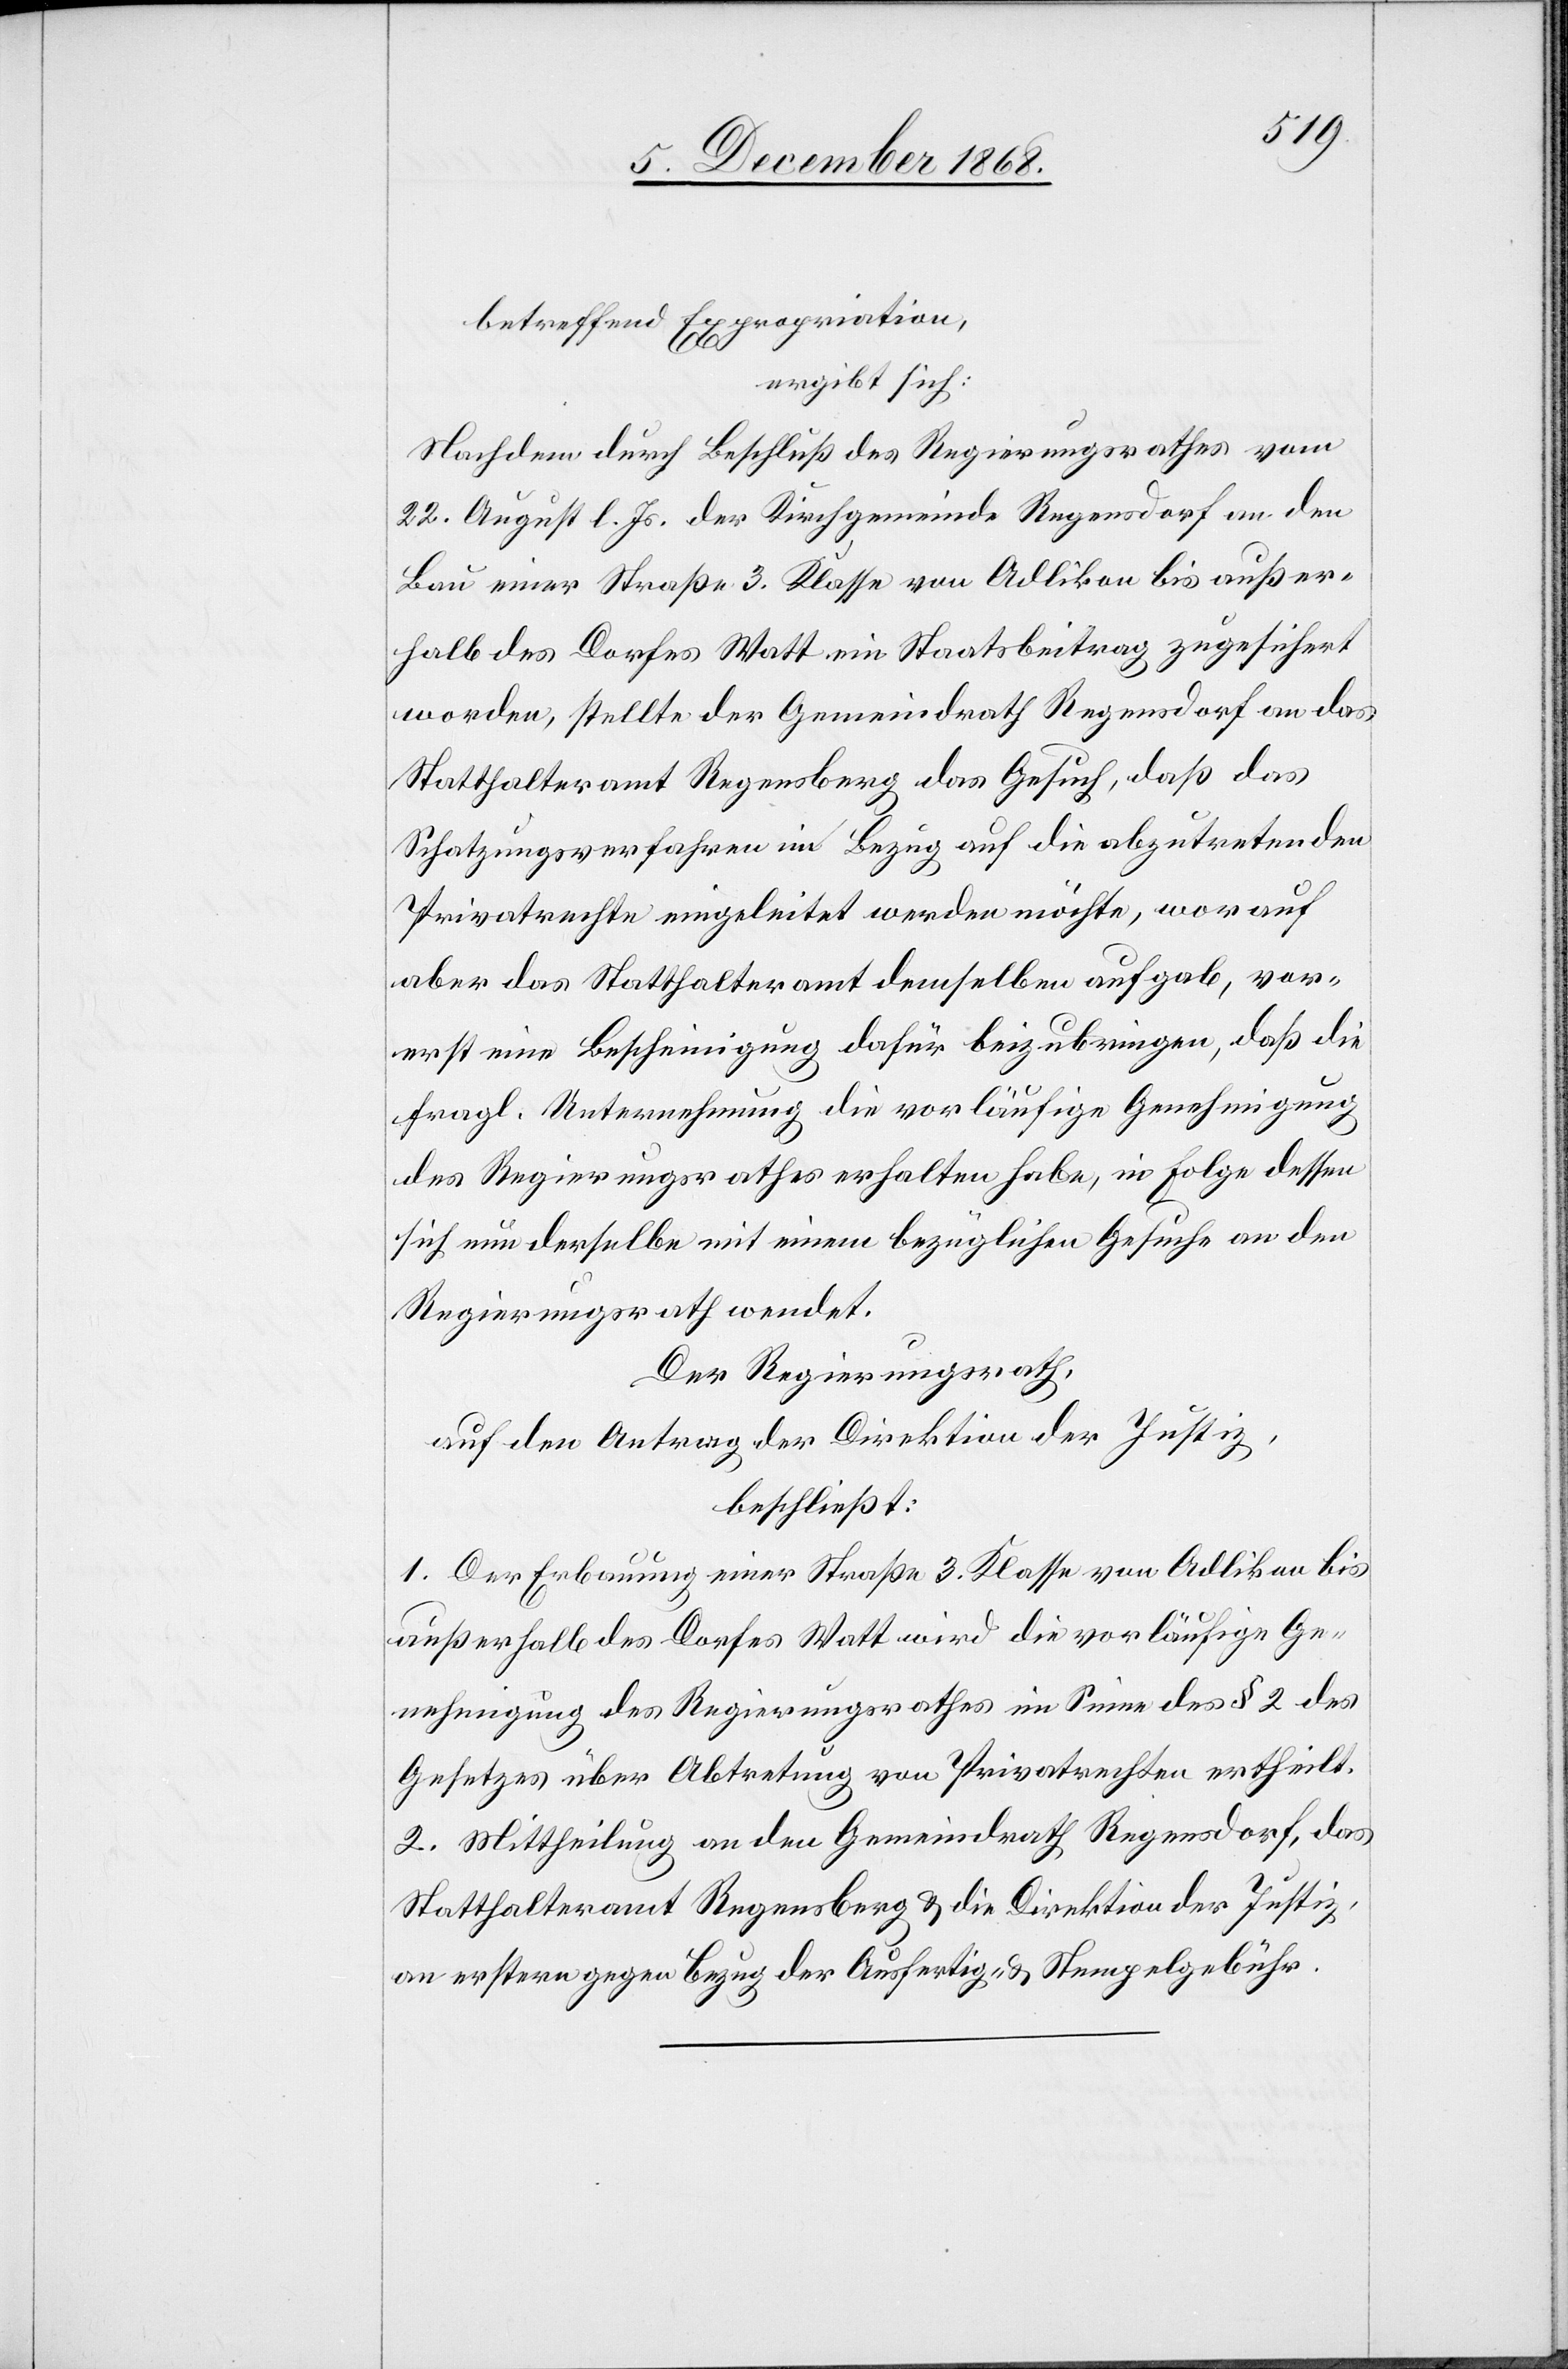
betreffend Expropriation,
ergibt sich:
Nachdem durch Beschluß des Regierungsrathes vom
22. August l. Js. der Kirchgemeinde Regensdorf an den
Bau einer Straße 3. Klasse von Adlikon bis außer¬
halb des Dorfes Watt ein Staatsbeitrag zugesichert
worden, stellte der Gemeindrath Regensdorf an das
Statthalteramt Regensberg das Gesuch, daß das
Schatzungsverfahren im Bezug auf die abzutretenden
Privatrechte eingeleitet werden möchte, worauf
aber das Statthalteramt demselben aufgab, vor¬
erst eine Bescheinigung dafür beizubringen, daß die
fragl. Unternehmung die vorläufige Genehmigung
des Regierungsrathes erhalten habe, in Folge dessen
sich nun derselbe mit einem bezüglichen Gesuche an den
Regierungsrath wendet.
Der Regierungsrath,
auf den Antrag der Direktion der Justiz,
beschließt:
1. Der Erbauung einer Straße 3. Klasse von Adlikon bis
außerhalb des Dorfes Watt wird die vorläufige Ge¬
nehmigung des Regierungsrathes im Sinne des § 2 des
Gesetzes über Abtretung von Privatrechten ertheilt.
2. Mittheilung an den Gemeindrath Regensdorf, das
Statthalteramt Regensberg & die Direktion der Justiz,
an erstern gegen Bezug der Ausfertig[ungs]- & Stempelgebühr.